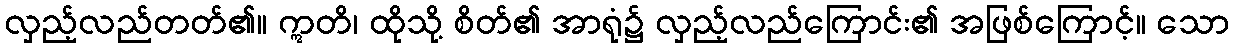
လှည့်လည်တတ်၏။ ဣတိ၊ ထိုသို့ စိတ်၏ အာရုံ၌ လှည့်လည်ကြောင်း၏ အဖြစ်ကြောင့်။ သော